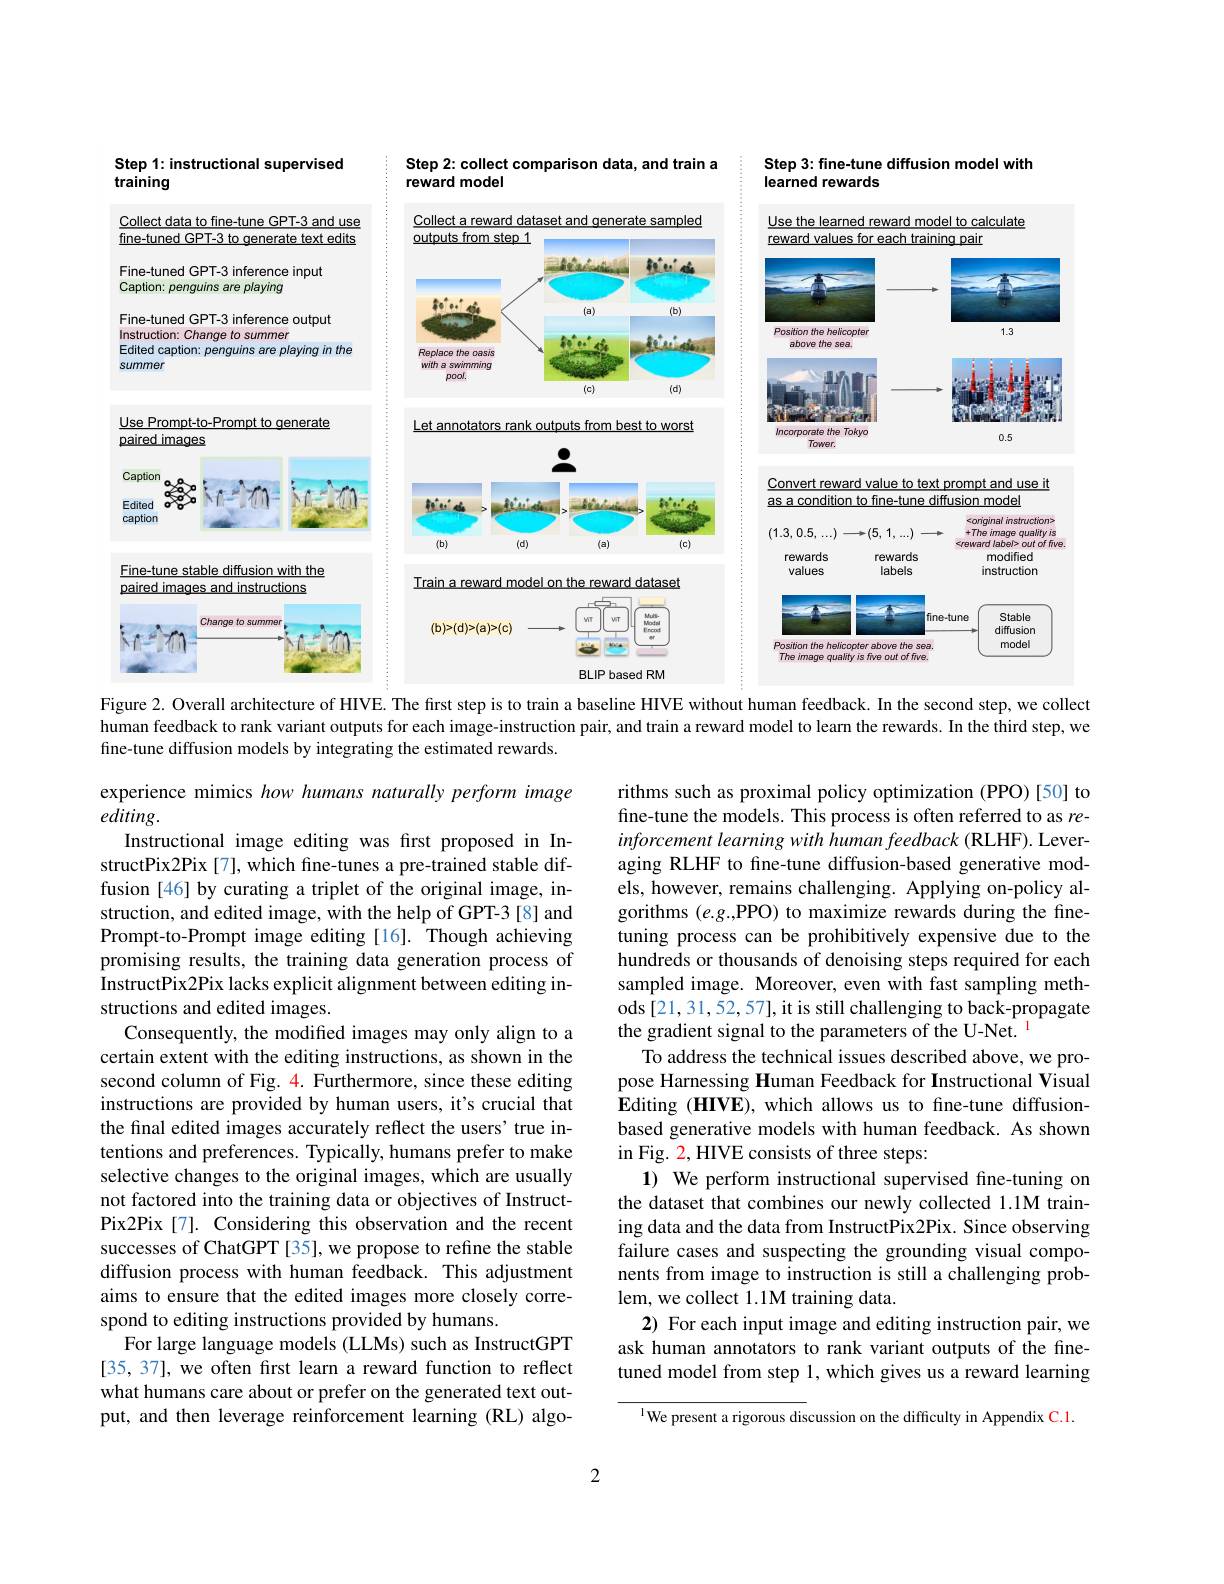
Step 2: collect comparison data, and train a
### reward model

Step 3: fine-tune diffusion model with
### learned rewards

## Step 1: instructional supervised training

<FigureHere>

Figure 2. Overall architecture of HIVE. The first step is to train a baseline HIVE without human feedback. In the second step, we collect

human feedback to rank variant outputs for each image-instruction pair, and train a reward model to learn the rewards. In the third step, we
fine-tune diffusion models by integrating the estimated rewards

rithms such as proximal policy optimization (PPO)[50] to fine-tune the models. This process is often referred to as reinforcement learning with human feedback (RLHF). Leveraging RLHF to fine-tune diffusion-based generative models, however, remains challenging. Applying on-policy algorithms $(e.g.$PPO) to maximize rewards during the finetuning process can be prohibitively expensive due to the hundreds or thousands of denoising steps required for each sampled image. Moreover, even with fast sampling methods [21,31,52,57],it is still challenging to back-propagate the gradient signal to the parameters of the U-Net. $^{\mathrm{l}}$
To address the technical issues described above, we propose Harnessing Human Feedback for Instructional Visual $\hat{\mathbf{E}}$diting (HIVE), which allows us to fine-tune diffusionbased generative models with human feedback. As shown in Fig. 2, HIVE consists of three steps:
1) We perform instructional supervised fine-tuning on the dataset that combines our newly collected 1.1M training data and the data from InstructPix2Pix. Since observing failure cases and suspecting the grounding visual components from image to instruction is still a challenging problem, we collect 1.1M training data.
2) For each input image and editing instruction pair, we ask human annotators to rank variant outputs of the finetuned model from step 1, which gives us a reward learning

experience mimics how humans naturally perform image
$editing.$
Instructional image editing was first proposed in InstructPix2Pix [7], which fine-tunes a pre-trained stable diffusion [46] by curating a triplet of the original image, instruction, and edited image, with the help of GPT-3 [8] and Prompt-to-Prompt image editing [16]. Though achieving promising results, the training data generation process of InstructPix2Pix lacks explicit alignment between editing instructions and edited images.
Consequently, the modified images may only align to a certain extent with the editing instructions, as shown in the second column of Fig. 4. Furthermore, since these editing instructions are provided by human users, it's crucial that the final edited images accurately reflect the users' true intentions and preferences. Typically, humans prefer to make selective changes to the original images, which are usually not factored into the training data or objectives of InstructPix2Pix[7]. Considering this observation and the recent successes of ChatGPT [35], we propose to refine the stable diffusion process with human feedback. This adjustment aims to ensure that the edited images more closely correspond to editing instructions provided by humans.
For large language models (LLMs) such as InstructGPT [35, 37], we often first learn a reward function to reflect what humans care about or prefer on the generated text output, and then leverage reinforcement learning (RL) algo-

$^{\text{l}}$We present a rigorous discussion on the difficulty in Appendix C.1.

2